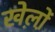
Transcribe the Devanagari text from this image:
खेल़ो़ं